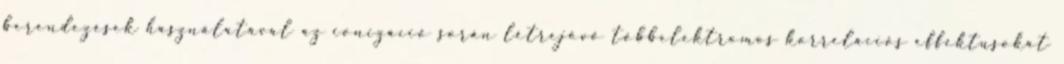
berendezések használatával az ionizáció során létrejövő többelektromos korrelációs effektusokat